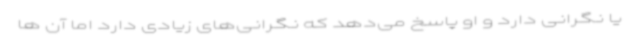
یا نگرانی دارد و او پاسخ می‌دهد که نگرانی‌های زیادی دارد اما آن ها